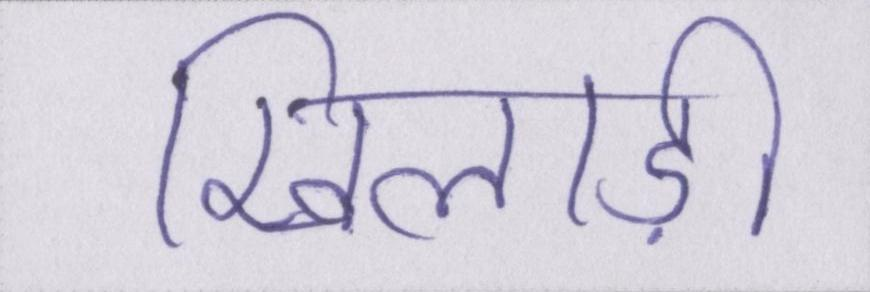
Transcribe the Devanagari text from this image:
खिलाड़ी